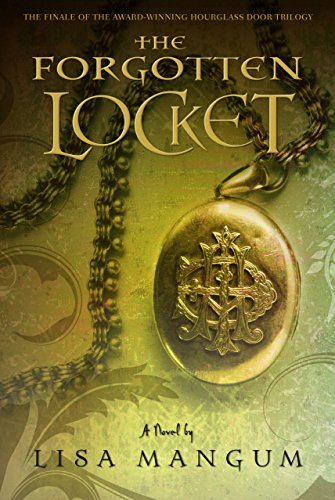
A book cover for The Forgotten Locket (Hourglass Door Trilogy); Lisa Mangum; Religion & Spirituality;